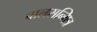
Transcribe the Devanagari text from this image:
बालसन्मित्र